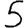
Digit: 5